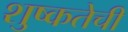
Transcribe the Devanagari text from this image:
शुष्कतेची